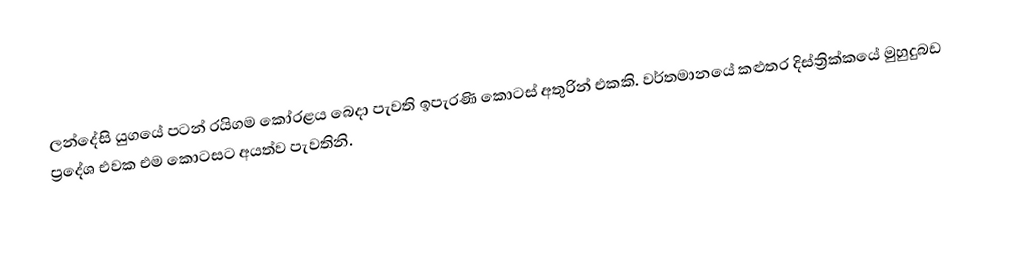
ලන්දේසි යුගයේ පටන් රයිගම කෝරළය බෙදා පැවති ඉපැරණි කොටස් අතුරින් එකකි. වර්තමානයේ කළුතර දිස්ත්‍රික්කයේ මුහුදුබඩ ප්‍රදේශ එවක එම කොටසට අයත්ව පැවතිනි.